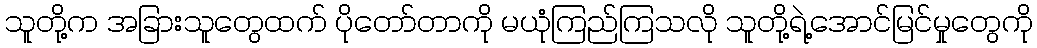
သူတို့က အခြားသူတွေထက် ပိုတော်တာကို မယုံကြည်ကြသလို သူတို့ရဲ့အောင်မြင်မှုတွေကို